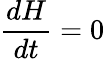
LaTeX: {\frac{dH}{dt}}=0